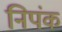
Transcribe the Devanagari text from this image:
निपंक